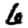
Digit: 6